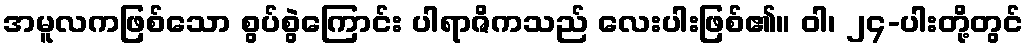
အမူလကဖြစ်သော စွပ်စွဲကြောင်း ပါရာဇိကသည် လေးပါးဖြစ်၏။ ဝါ၊ ၂၄-ပါးတို့တွင်